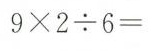
$$9 \times 2 \div 6 =$$